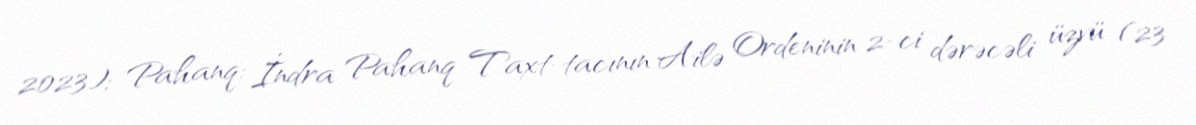
2023); Pahanq: İndra Pahanq Taxt-tacının Ailə Ordeninin 2-ci dərəcəli üzvü (23